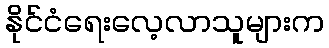
နိုင်ငံရေးလေ့လာသူများက